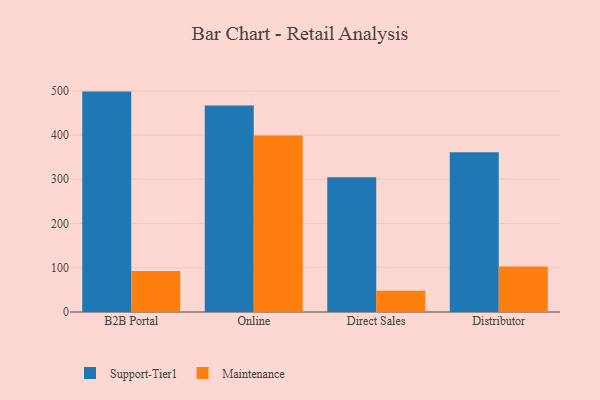
{"axis": {"x": "Channel", "y": "Market Share (%)"}, "legend": ["Maintenance", "Support-Tier1"], "data": [{"x": "B2B Portal", "y": 498.1, "type": "Support-Tier1"}, {"x": "B2B Portal", "y": 92.4, "type": "Maintenance"}, {"x": "Online", "y": 466.9, "type": "Support-Tier1"}, {"x": "Online", "y": 398.9, "type": "Maintenance"}, {"x": "Direct Sales", "y": 304.6, "type": "Support-Tier1"}, {"x": "Direct Sales", "y": 48.1, "type": "Maintenance"}, {"x": "Distributor", "y": 361.0, "type": "Support-Tier1"}, {"x": "Distributor", "y": 102.8, "type": "Maintenance"}]}